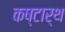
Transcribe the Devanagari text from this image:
कष्टार्थ